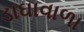
ડાઘાવાળા